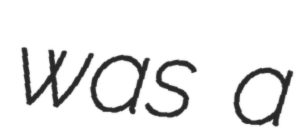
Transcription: was a